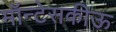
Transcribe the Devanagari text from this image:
मॉन्टेसकीऊ